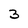
Character: 3